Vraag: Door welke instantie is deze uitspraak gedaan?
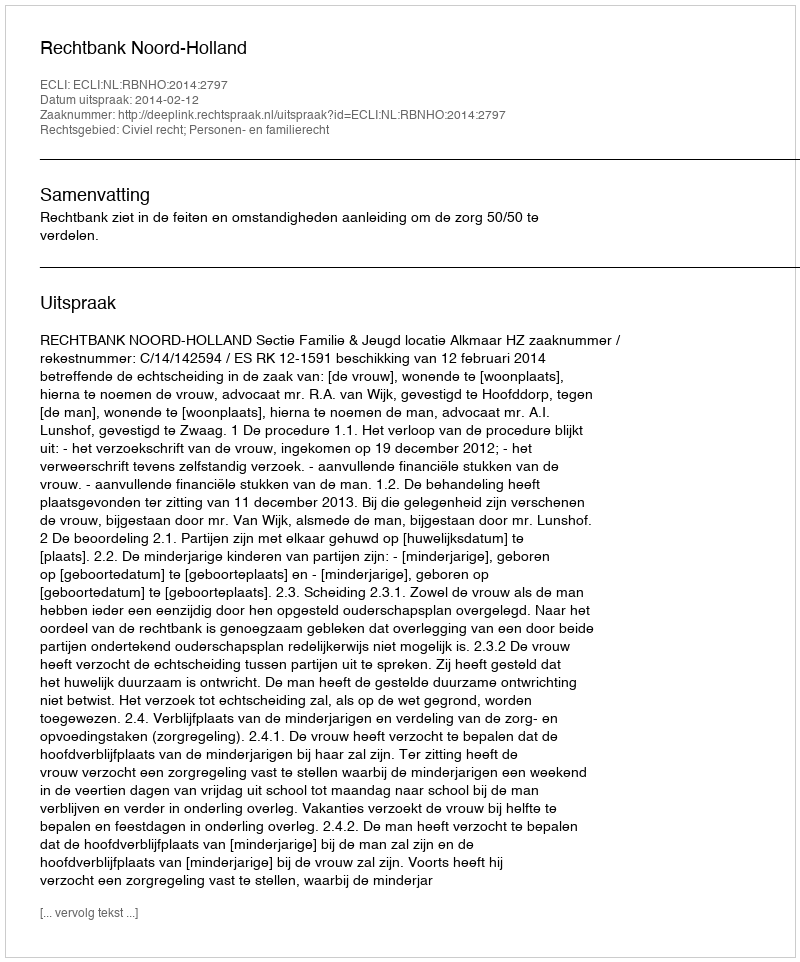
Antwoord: Rechtbank Noord-Holland